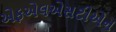
એફએલએસટીએન